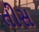
તીસ